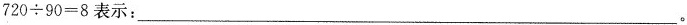
$$720\div 90=8$$表示：___.